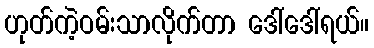
ဟုတ်ကဲ့ဝမ်းသာလိုက်တာ ဒေါ်ဒေါ်ရယ်။